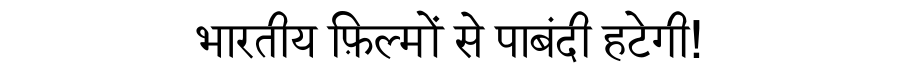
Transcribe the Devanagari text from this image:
भारतीय फ़िल्मों से पाबंदी हटेगी!